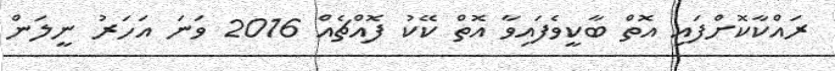
ރައްކާކޮށްފައި އޮތް ބާކީވެފައިވާ އޮތް ކޭކު ފޮއްޗެއް 2016 ވަނަ އަހަރު ނީލަން